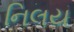
નિલય